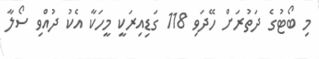
މި ބޯޓުގެ ދަތުރަށް ހޭދަވި 118 ގަޑިއިރަކީ މީހަކާ އެކު ދުއްވި ސޯލާ